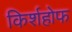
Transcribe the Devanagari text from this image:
किर्शहोफ